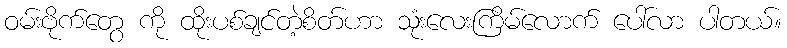
ဝမ်းဗိုက်တွေ ကို ထိုးပစ်ချင်တဲ့စိတ်ဟာ သုံးလေးကြိမ်လောက် ပေါ်လာ ပါတယ်။